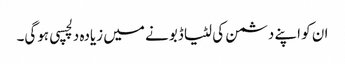
ان کو اپنے دشمن کی لٹیا ڈبونے میں زیادہ دلچسپی ہوگی۔